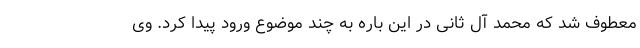
معطوف شد که محمد آل ثانی در این باره به چند موضوع ورود پیدا کرد. وی